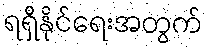
ရရှိနိုင်ရေးအတွက်